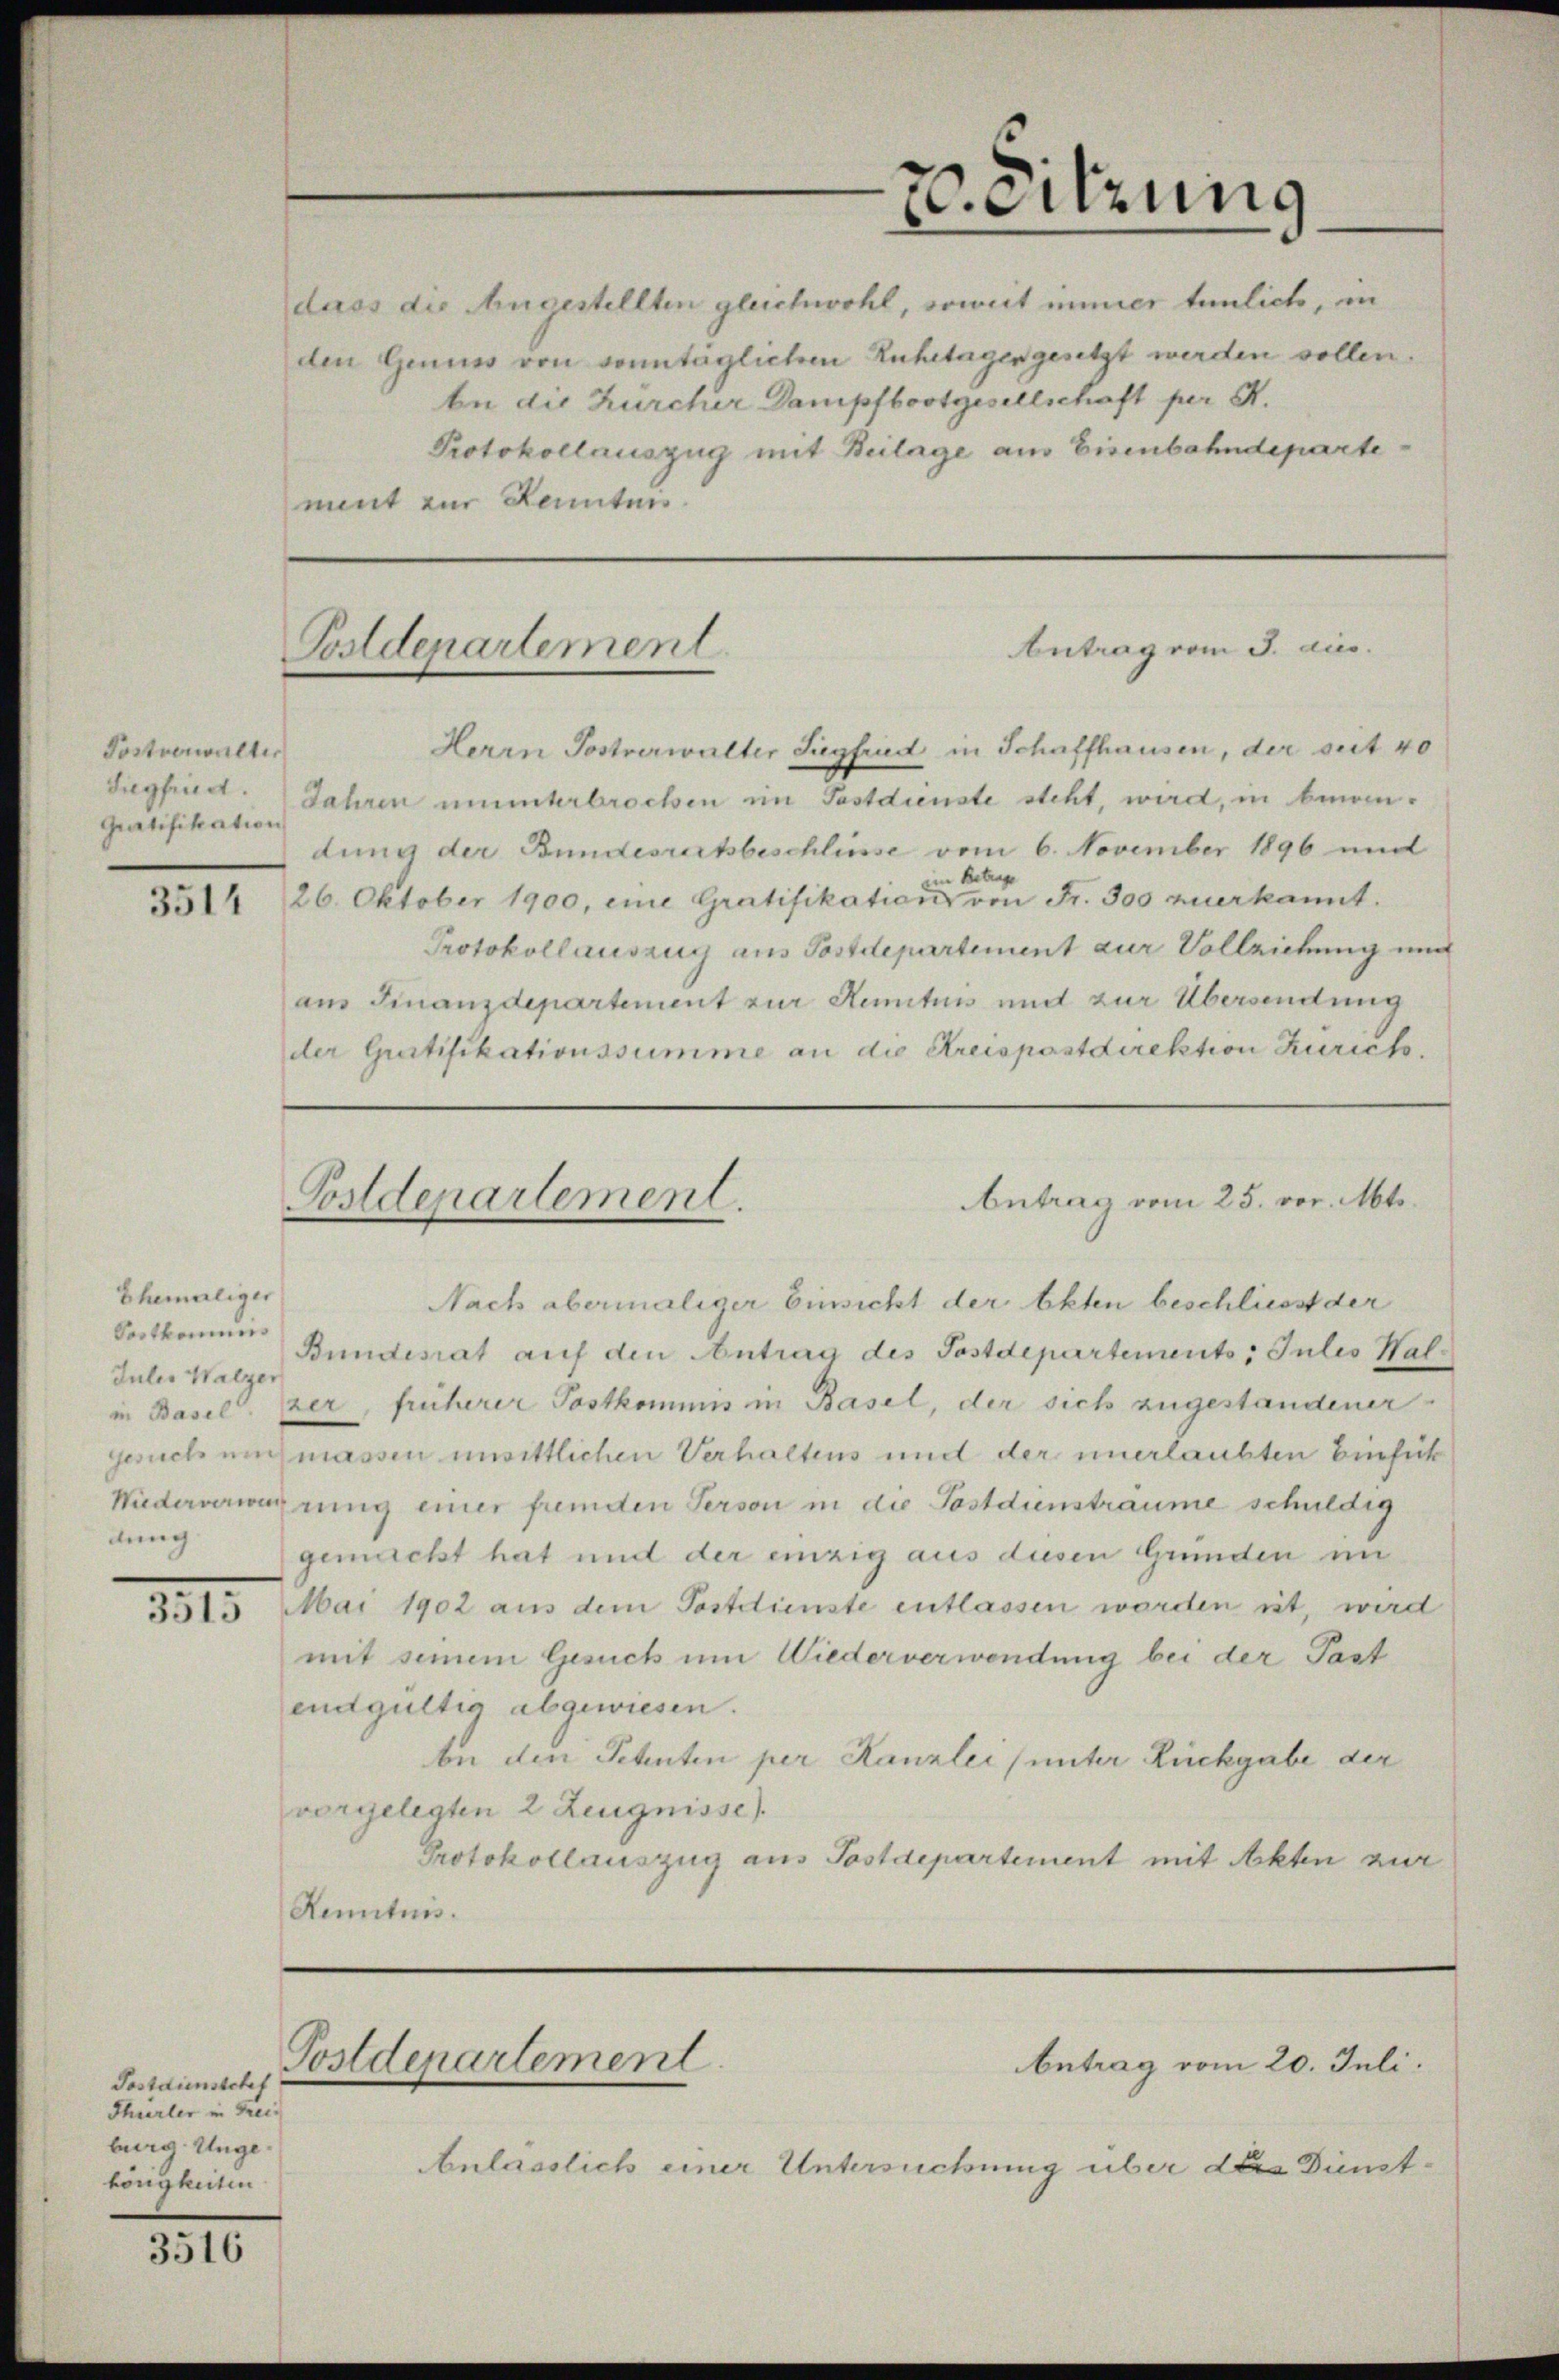
Postverwalter
Gratifikation

Ehemaliger
Postkommis
Jules Walzer
dung

1315.

3516

Postdienstehef
Thirler in Freiburg. Ungehörigkeiten.

dass die Angestellten gleichwohl, soweit immer tunlich, in
den Genuss von sonntaglichen Ruhetagen gesetzt werden sollen.
be die Kurcher Dampfbootgesellschaft per K.
Protokollauszug mit Beilage am Eisenbahndepartement zur Kenntnis.

Postdepartement

dung der Bundesrechbeschlüsse vom 6. November 1896 und
in Betrage
3514 (26. Oktober 1900, eine Gratifikation von Fr. 300 zuerkannt.
Protokollauszug aus Postdepartement zur Vollziehung und
am Finanzdepartement zur Renituis und zur Übersendung
der Gratifikationssumme an die Kreispostdirektion Kurich.

Postdepartement.

Postdepartement

30. Sitzung

Herrn Postverwalter Siegfried in Schaffhausen, der seit 40
Siegfriedt. Jahren ununterbrochen im Postdienste steht, wird, in been¬

Antrag vom 25. vor. Mts.

Nach abermaliger Einsicht der Akten beschliesst der

Antrag vom J. aus.

Bundesrat auf den Antrag des Postdepartements, Julis Halin Basel zer, früherer Postkommis in Basel, der sich zugestandener
gesuch auch massen unsittlichen Verhaltens und der unerlaubten Einsick
Wiederverwarrung einer fremden Person in die Postdiensträume schuldig
gemacht hat und der einzig aus diesen Gründen in
Mai 1902 aus dem Postdienste entlassen worden nit, wird
mit seinem Gesuch um Wiederverwendung bei der Past
endgültig abgewiesen.
be den Petenten per Kanzlei (unter Rückgabe der
vorgelegten 2 Zeugnisse).
Protokollauszug aus Postdepartement mit Akten zur
Kenntnis.

Anlässlich einer Untersuchung über das Dunst¬

Antrag vom 20. Juli.